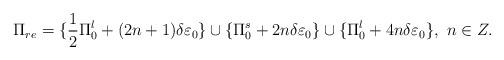
LaTeX: \begin{align*}\Pi_{re}=\{\frac{1}{2} \Pi_0^l+(2n+1)\delta\varepsilon_0\} \cup\{\Pi_0^s+2n\delta\varepsilon_0\}\cup \{\Pi_0^l+4n\delta\varepsilon_0\}, \ n \in Z.\end{align*}